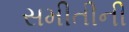
સમીતીની